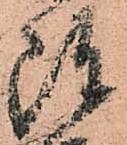
陣